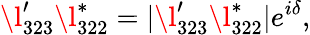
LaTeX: \l_{323}^{\prime}\l_{322}^{\ast}=|\l_{323}^{\prime}\l_{322}^{\ast}|e^{i\delta},